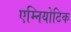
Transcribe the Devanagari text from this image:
एम्नियोटिक